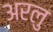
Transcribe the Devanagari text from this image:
अरलु